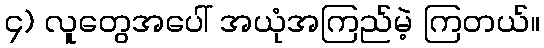
၄) လူတွေအပေါ် အယုံအကြည်မဲ့ ကြတယ်။